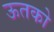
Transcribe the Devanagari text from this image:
ऊतको